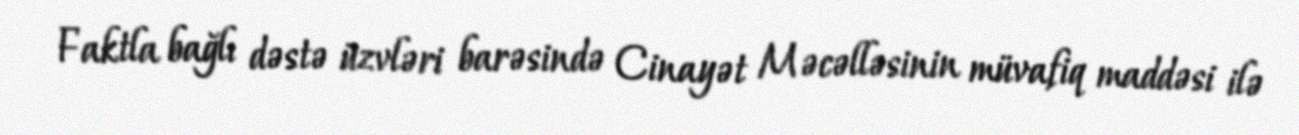
Faktla bağlı dəstə üzvləri barəsində Cinayət Məcəlləsinin müvafiq maddəsi ilə